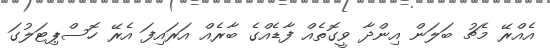
އެއްރޭ މެޗު ބަލަން އިންދާ ވީގޮތެއް ފާޑެއްގެ ބާރެއް އަރައިފަ އެރޭ ހޮސްޕިޓަލުގަ